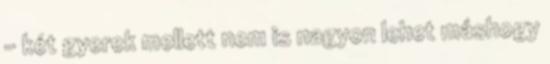
– két gyerek mellett nem is nagyon lehet máshogy